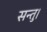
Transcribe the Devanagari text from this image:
सन्तु।